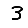
Digit: 3